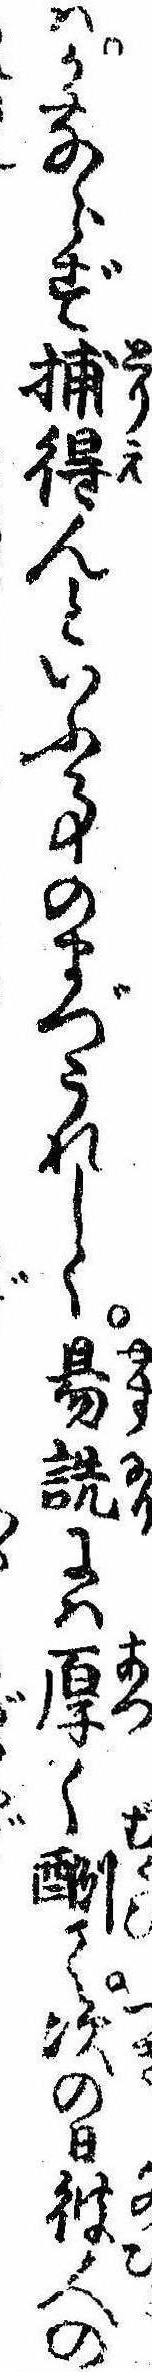
はかならず捕得んといふ事のまづうれしく易詵には厚く酬て次の日彼人の